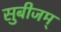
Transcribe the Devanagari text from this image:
सुबीजम्